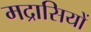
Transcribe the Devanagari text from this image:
मद्रासियों